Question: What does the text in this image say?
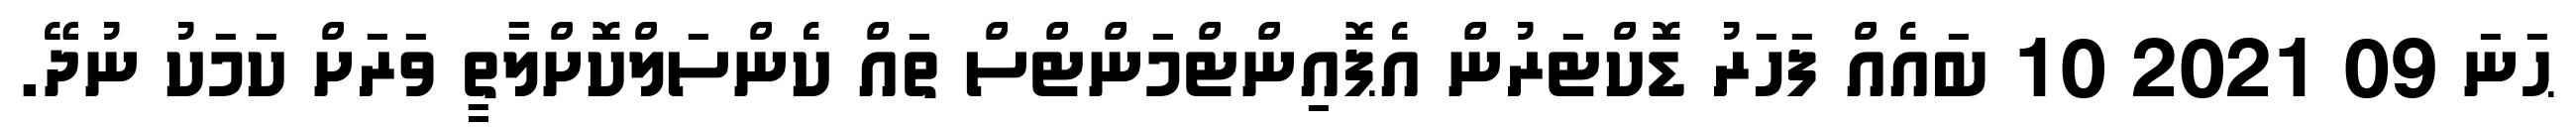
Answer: ޙަނަ 09 2021 10 ބައެއް ފަހަރު ޑޮކްޓަރުން އެޕޮއިންޓްމަންޓްސް ތައް ކެންސަލްކޮށްލާތީ ވަރަށް ކަމަކު ނުދޭ.